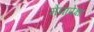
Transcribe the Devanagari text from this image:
मेघापेक्षा